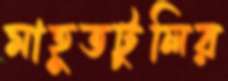
মাহুতটুলির